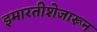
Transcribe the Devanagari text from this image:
इमारतीशेजारून